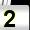
Digit: 2